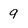
Character: 9